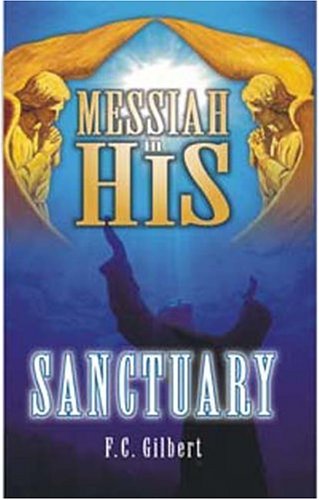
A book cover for Messiah in His Sanctuary; F.C. Gilbert; Christian Books & Bibles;